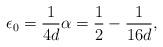
LaTeX: \begin{align*}\epsilon_0 = \frac{1}{4d} \alpha = \frac{1}{2} - \frac{1}{16d},\end{align*}